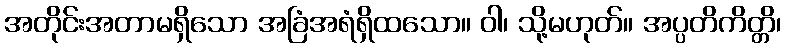
အတိုင်းအတာမရှိသော အခြံအရံရှိထသော။ ဝါ၊ သို့မဟုတ်။ အပ္ပတိကိတ္တိ၊